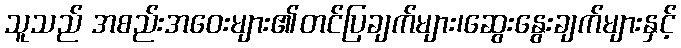
သူသည် အစည်းအဝေးများ၏တင်ပြချက်များ၊ဆွေးနွေးချက်များနှင့်